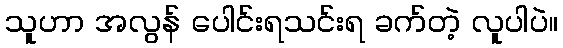
သူဟာ အလွန် ပေါင်းရသင်းရ ခက်တဲ့ လူပါပဲ။